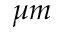
\mu m